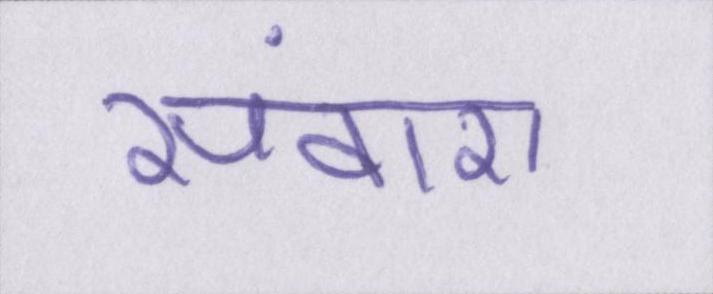
संवारा